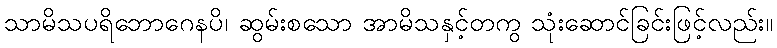
သာမိသပရိဘောဂေနပိ၊ ဆွမ်းစသော အာမိသနှင့်တကွ သုံးဆောင်ခြင်းဖြင့်လည်း။